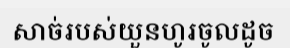
សាច់របស់យួនហូរចូលដូច